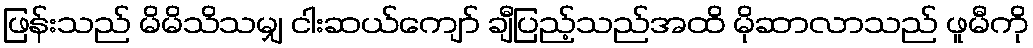
ဖြန်းသည် မိမိသိသမျှ ငါးဆယ်ကျော် ချီပြည့်သည်အထိ မိုဆာလာသည် ဖူမီကို